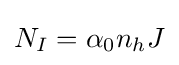
N_{I}=\alpha _{0}n_{h}J